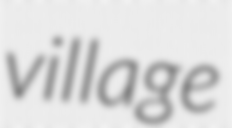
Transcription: village